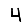
Digit: 4